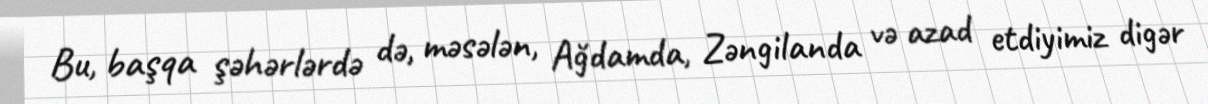
Bu, başqa şəhərlərdə də, məsələn, Ağdamda, Zəngilanda və azad etdiyimiz digər